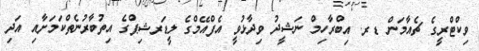
ވިކްޓްރީގެ ޗެއާމަން ޑރ. އިބްރާހިމް ނަޝީދު ވިދާޅުވީ އެފްއޭމްގެ ލީޑަރޝިޕްގެ އިތުބާރުނެތްކަމަށާއި އަދި